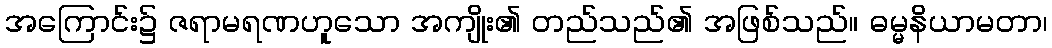
အကြောင်း၌ ဇရာမရဏဟူသော အကျိုး၏ တည်သည်၏ အဖြစ်သည်။ ဓမ္မနိယာမတာ၊